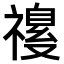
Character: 𫀡